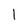
Character: I